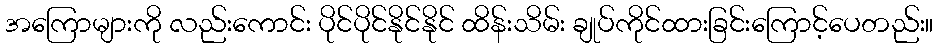
အကြောများကို လည်းကောင်း ပိုင်ပိုင်နိုင်နိုင် ထိန်းသိမ်း ချုပ်ကိုင်ထားခြင်းကြောင့်ပေတည်း။